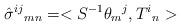
LaTeX: \begin{align*}\hat{\sigma }^{ij}{}_{mn} = <S^{-1}\theta _{m}{}^{j},T^{i}{}_{n}>\end{align*}